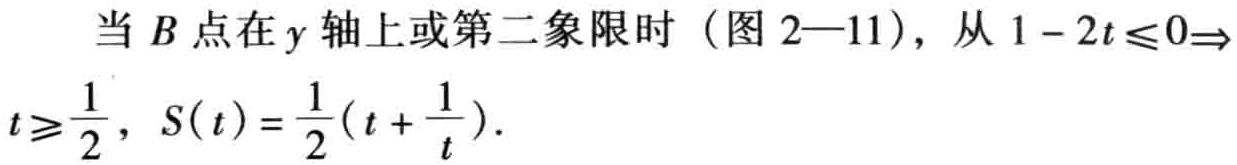
当 \(B\) 点在 \(y\) 轴上或第二象限时（图 2—11），从 \(1 - 2t \leq 0\Rightarrow t\geq\frac{1}{2}\)，\(S(t)=\frac{1}{2}(t + \frac{1}{t})\)。